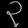
Digit: ၃